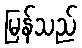
မြန်သည်